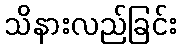
သိနားလည်ခြင်း